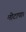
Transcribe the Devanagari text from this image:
मोटापा।